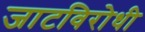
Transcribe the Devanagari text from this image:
जाटविरोधी